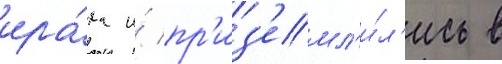
ира́ка и́ пр'из'емл'и́л'ись в